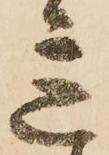
意